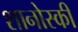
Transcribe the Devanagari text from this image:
शानोस्की